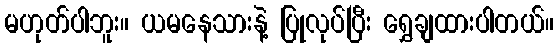
မဟုတ်ပါဘူး။ ယမနေသားနဲ့ ပြုလုပ်ပြီး ရွှေချထားပါတယ်။